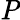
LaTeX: \mathit{P}